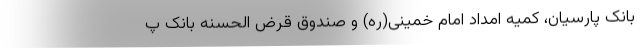
بانک پارسیان، کمیه امداد امام خمینی(ره) و صندوق قرض الحسنه بانک پ